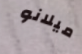
ميلانو